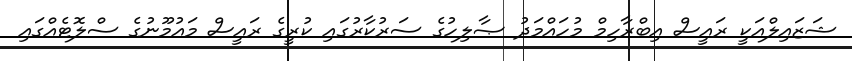
ޝަޒައިލްއަކީ ރައީސް އިބްރާހިމް މުހައްމަދު ޞާލިހުގެ ސަރުކާރުގައި ކުރީގެ ރައީސް މައުމޫނުގެ ސްލޮޓެއްގައި